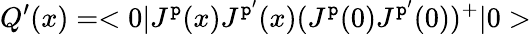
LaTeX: Q^{\prime}(x)=<0|J^{\mathtt{p}}(x)J^{\mathtt{p}^{\prime}}(x)(J^{\mathtt{p}}(0)J^{\mathtt{p}^{\prime}}(0))^{+}|0>